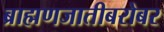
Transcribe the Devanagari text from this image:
ब्राह्मणजातीबरोबर